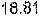
18.81